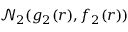
\mathcal { N } _ { 2 } ( g _ { 2 } ( r ) , f _ { 2 } ( r ) )